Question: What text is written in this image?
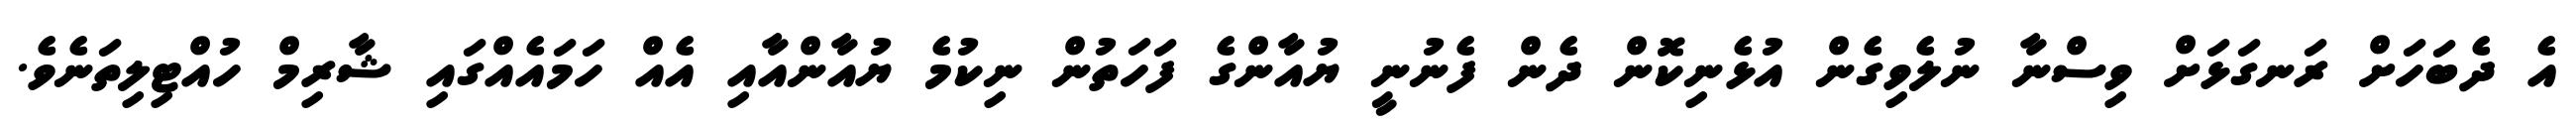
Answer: އެ ދެބަހަށް ރަނގަޅަށް ވިސްނާ ނުލެވިގެން އުޅެނިކޮން ދެން ފެނުނީ ޔުއާންގެ ފަހަތުން ނިކުމެ ޔުއާންއާއި އެއް ހަމައެއްގައި ޝާރިމް ހުއްޓިލިތަނެވެ.